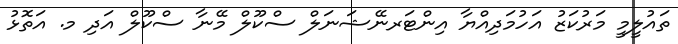
ތައުލީމީ މަރުކަޒު އަހުމަދިއްޔާ އިންޓަރނޭޝަނަލް ސްކޫލް މޭނާ ސްކޫލް އަދި މ. އަތޮޅު